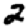
Digit: 2